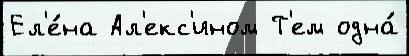
Ел'е́на Ал'екс'ином Т'ем одна́